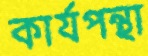
কার্যপন্থা